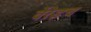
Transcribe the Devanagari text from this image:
वेंरेइच